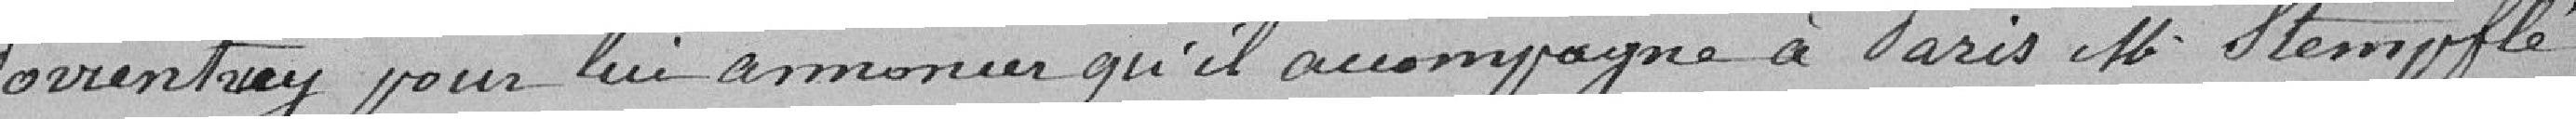
Porrentruy pour lui annoncer qu'il accompagne à Paris M. Stempflé